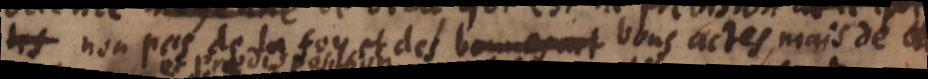
les non pas de la foy et des bons actes, mais de